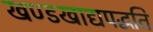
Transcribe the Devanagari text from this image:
खण्डखाद्यपद्धति